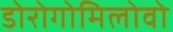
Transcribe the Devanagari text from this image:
डोरोगोमिलोवो